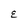
Character: E